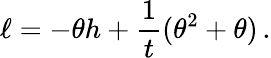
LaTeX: \ell=-\theta h+\frac{1}{t}(\theta^{2}+\theta)\, .